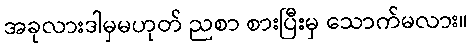
အခုလားဒါမှမဟုတ် ညစာ စားပြီးမှ သောက်မလား။